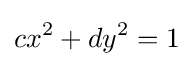
cx^{2}+dy^{2}=1